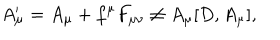
A _ { \mu } ^ { \prime } = A _ { \mu } + f ^ { \mu } F _ { \mu \nu } \not = A _ { \mu } [ D , A _ { \mu } ] ,